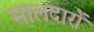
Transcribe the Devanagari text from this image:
मालदारों